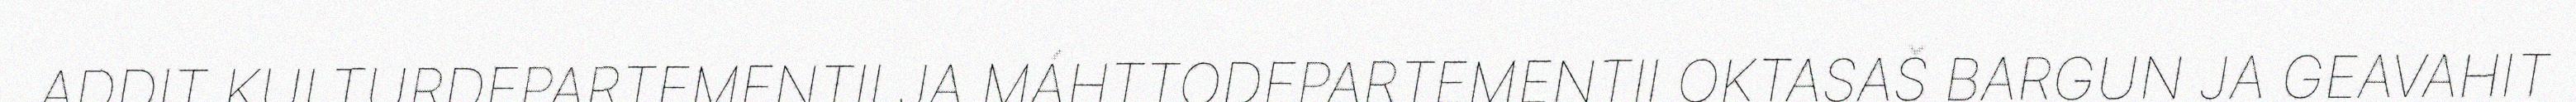
ADDIT KULTURDEPARTEMENTII JA MÁHTTODEPARTEMENTII OKTASAŠ BARGUN JA GEAVAHIT